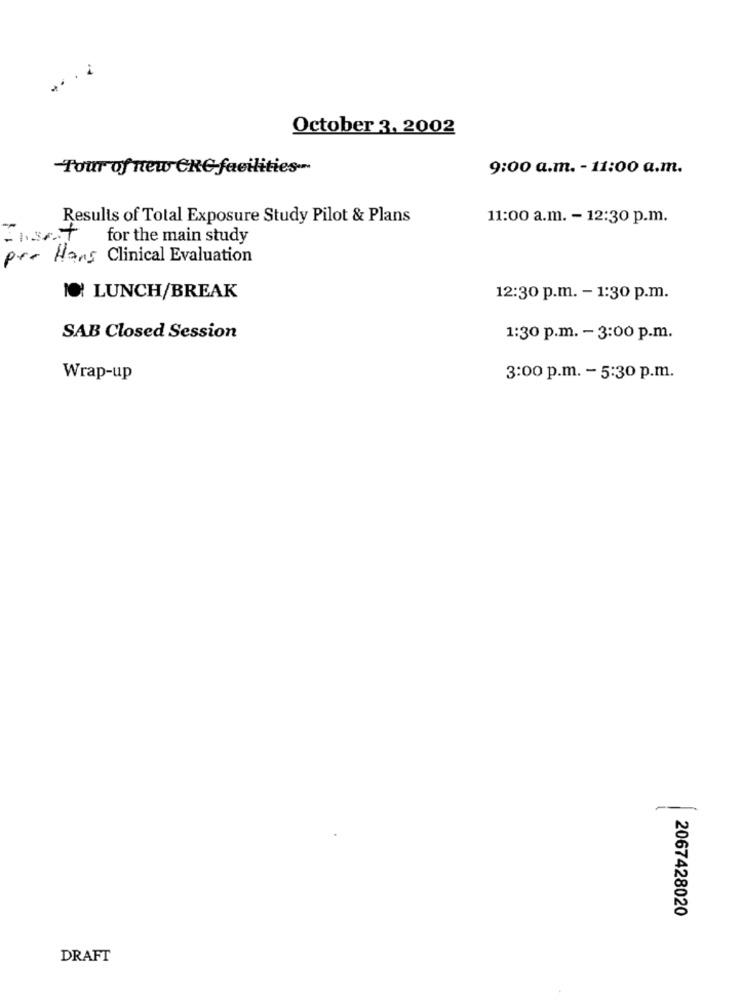
October 3, 2002
Tour of new CRE facilities ...
9:00 a.m. - 11:00 a.m.
Results of Total Exposure Study Pilot & Plans
11:00 a.m. - 12:30 p.m.
for the main study
per Hans Clinical Evaluation
10: LUNCH/BREAK
12:30 p.m. - 1:30 p.m.
SAB Closed Session
1:30 p.m. - 3:00 p.m.
Wrap-up
3:00 p.m. - 5:30 p.m.
-
2067428020
DRAFT